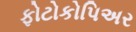
ફોટોકોપિઅર